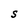
Character: S